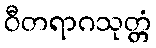
ဝီတရာဂသုတ္တံ